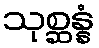
သုစ္ဆန္နံ